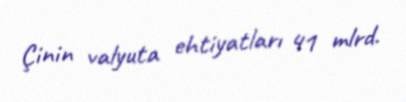
Çinin valyuta ehtiyatları 41 mlrd.